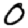
Digit: 0